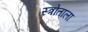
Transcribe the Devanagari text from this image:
स्त्रोताला